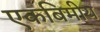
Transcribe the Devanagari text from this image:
एकबिमीय